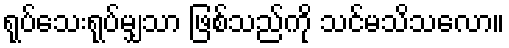
ရုပ်သေးရုပ်မျှသာ ဖြစ်သည်ကို သင်မသိသလော။